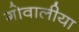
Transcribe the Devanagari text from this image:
गोवालीया